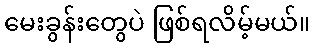
မေးခွန်းတွေပဲ ဖြစ်ရလိမ့်မယ်။